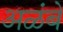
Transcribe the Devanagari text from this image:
अळंबे